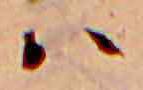
ハ